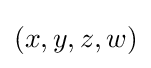
(x,y,z,w)